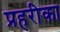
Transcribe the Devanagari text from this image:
प्रहरीका